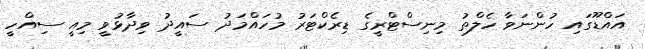
އައްޑޫގައި ހުންނަވާ ހެލްތު މިނިސްޓްރީގެ ޑިރެކްޓަރު މުހައްމަދު ސައީދު ވިދާޅުވީ މިއީ ސިއްހީ